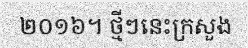
២០១៦។ ថ្មីៗនេះក្រសួង